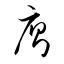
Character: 廁